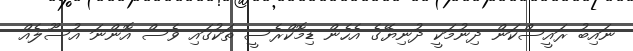
ނައިބު ރައީސްކަން ދިނުމަކީ ދުނިޔޭގެ އެހެން ޑިމޮކްރެސީ ތަކުގައި ވެސް އޮންނަ އުސޫލެއް